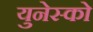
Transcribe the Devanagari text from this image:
युनेस्‍को